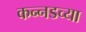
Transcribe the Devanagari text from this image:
कन्‍नडच्या